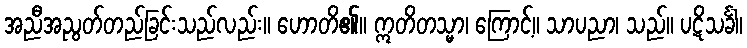
အညီအညွတ်တည်ခြင်းသည်လည်း။ ဟောတိ၏။ ဣတိတသ္မာ၊ ကြောင့်။ သာပညာ၊ သည်။ ပဋိသင်္ခါ၊